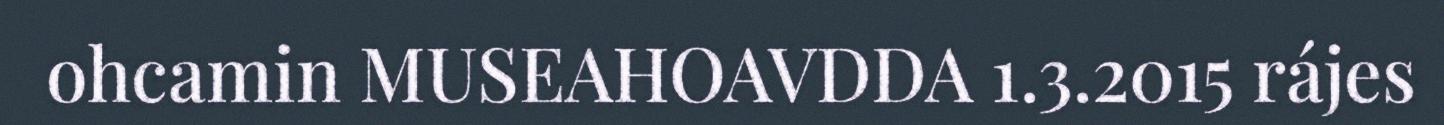
ohcamin MUSEAHOAVDDA 1.3.2015 rájes